Plague in India, 1896, 1897 - Volume 2
Year: 1896
Disease focus: Plague
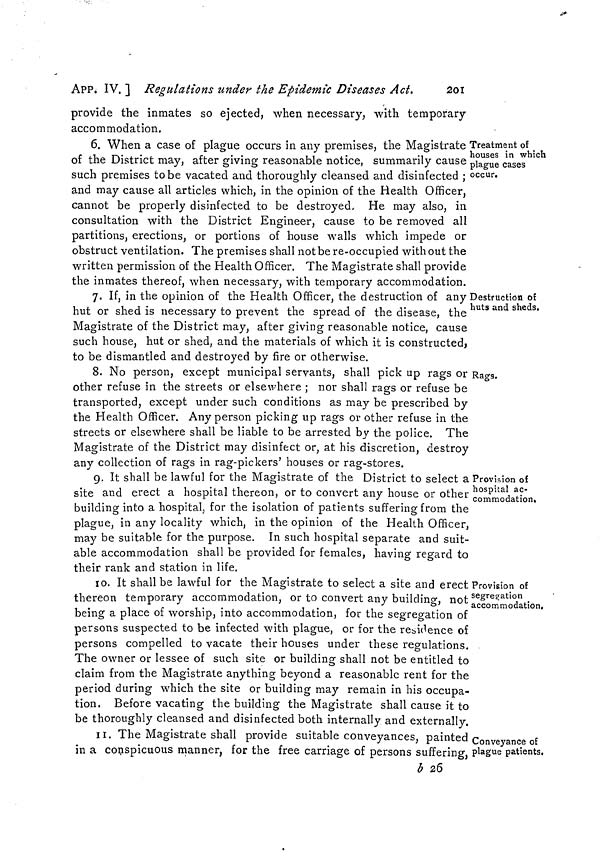
244
Measures to prevent the
[ APP. IX.
shall direct the Commander to take the vessel to the quarantine
anchorage at Mateeabrooj or elsewhere duly appointed by the Port
Officer, there to remain for a period of eight days from the date of
arrival in harbour. The Health Officer shall also direct the Commander
to prohibit, during the period for which the vessel remains at the
quarantine anchorage as aforesaid, all communication, except such as
is hereinafter provided for, between such vessel and the shore or other
vessels or boats in the harbour.
IX.—If the Health Officer, as the result of the enquiry made under
paragraph V above, shall have reason to believe, at the time when the
vessel arrives in the harbour, that any person on board is suffering from
plague, or if during tne time the ship is in quarantine at Mateeabrooj
under Rule VIII, any case of the disease breaks out, he shall direct the
Commander to take the vessel to the quarantine anchorage at Diamond
Harbour or elsewhere duly appointed by the Port Officer, there to
remain for a period of fifteen days from the day of arrival in the
harbour ; and shall further direct that during such fifteen days, in-
tercourse between the vessel detained under this Rule, or Rule III, and
the shore or other vessels or boats in the harbour, shall be prohibited
as provided in Rule II.
X.—If during the period a vessel is at the quarantine anchorage
aforesaid, any case or cases of plague should occur on board, the said
vessel shall remain in quarantine for a period of fifteen days from the
date of the last case occurring, and be subject to all the prohibitions
provided for in Rule IX.
XI.—When any vessel has been placed in quarantine as aforesaid,
the Health Officer may direct the removal of so many of the passen-
gers and crew as may not be suffering from illness, and whose services
may not be required on board the vessel, to such particular spots as
may from time to time be selected by the Port Officer as places of
quarantine, there to remain for a period of eight days if under Rule
VIII, or if the vessel has been placed in quarantine for fifteen days,
for a period of fifteen days. If a case of plague occurs among such
passengers and crew during any such period, they shall remain in a
place of quarantine for a period of fifteen days from the date of the
occurrence of the last case of such illness,
XII.—It will be the duty of the Port Officer to facilitate the convey-
ance to all vessels in quarantine of such supplies of provisions, stores
and other articles as may be required by those on board. Such sup-
plies will be placed on the boats of the vessels in quarantine, to be
subsequently removed by members of their crews.